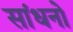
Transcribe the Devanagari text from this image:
सांधनो